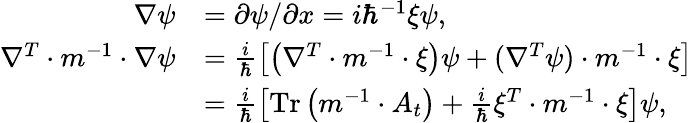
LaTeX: \begin{array}{rl}{\nabla\psi}&{=\partial\psi/\partial x=i\hbar^{-1}\xi\psi,}\\ {\nabla^{T}\cdot m^{-1}\cdot\nabla\psi}&{=\frac{i}{\hbar}\left[\left(\nabla^{T}\cdot m^{-1}\cdot\xi\right)\psi+(\nabla^{T}\psi)\cdot m^{-1}\cdot\xi\right]}\\ &{=\frac{i}{\hbar}\left[\operatorname*{Tr}\left(m^{-1}\cdot A_{t}\right)+\frac{i}{\hbar}\xi^{T}\cdot m^{-1}\cdot\xi\right]\psi,}\end{array}